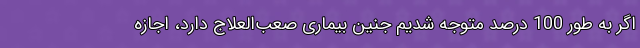
اگر به طور 100 درصد متوجه شدیم جنین بیماری صعب‌العلاج دارد، اجازه